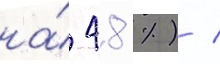
на́ 48 %) /